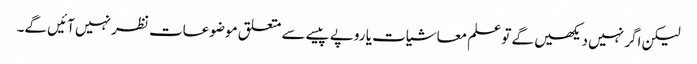
لیکن اگر نہیں دیکھیں گے تو علم معاشیات یا روپے پیسے سے متعلق موضوعات نظر نہیں آئیں گے۔